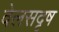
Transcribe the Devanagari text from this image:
वेलसदृष